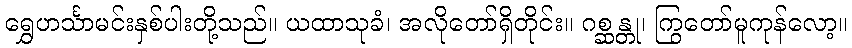
ရွှေဟင်္သာမင်းနှစ်ပါးတို့သည်။ ယထာသုခံ၊ အလိုတော်ရှိတိုင်း။ ဂစ္ဆန္တု၊ ကြွတော်မူကုန်လော့။